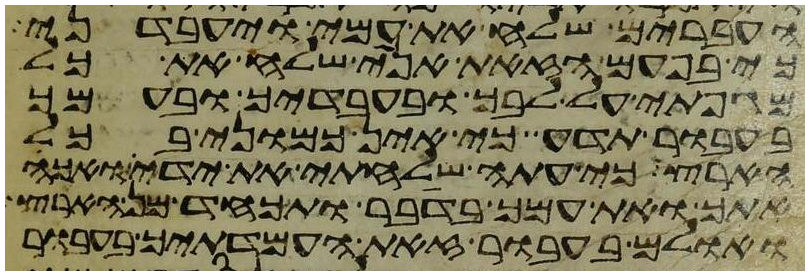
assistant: העברים שלח את עמי ויעבדני
כי בפעם הזאת אני שלח את כל
מגפתי על לבך ובעבדיך ובעמך
בעבור תדע כי אין כמוני בכל
הארץ כי עתה שלחתי את ידי ואכה
אתך ואת עמך בדבר ותכחד מן הארץ
ואולם בעבור זאת העמדתיך בעבור